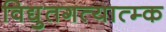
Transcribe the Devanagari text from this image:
विद्युतगत्यात्म्क